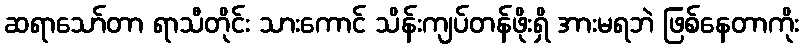
ဆရာသော်တာ ရာသီတိုင်း သားကောင် သိန်းကျပ်တန်ဖိုးရှိ အားမရဘဲ ဖြစ်နေတာကိုး